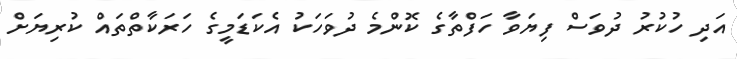
އަދި ހުކުރު ދުވަސް ފިޔަވާ ހަފްތާގެ ކޮންމެ ދުވަހަކު އެކަޑަމީގެ ހަރަކާތްތައް ކުރިޔަށް